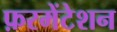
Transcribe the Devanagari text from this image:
फ़रमेंटेशन